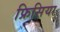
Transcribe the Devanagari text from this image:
फ्रिसिया